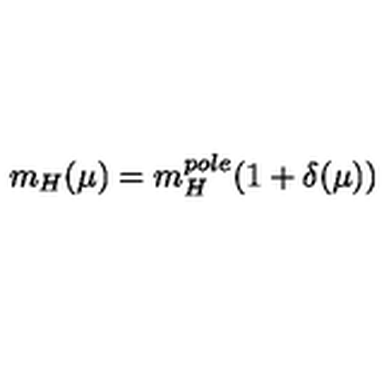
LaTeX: m _ { H } ( \mu ) = m _ { H } ^ { p o l e } ( 1 + \delta ( \mu ) )